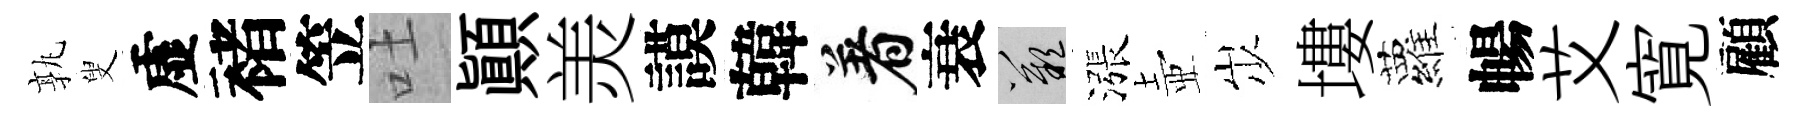
孰叟虚褚笠吐顚羙謨韓着衰嘆漲壺𡵯塿蘿暢艾寛顧